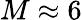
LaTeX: M\approx 6